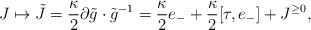
LaTeX: \begin{align*}J\mapsto \tilde J = \frac{\kappa}{2} \partial\tilde g \cdot\tilde g ^{-1} = \frac{\kappa}{2} e_- + \frac{\kappa}{2} [\tau, e_-] + J^{\geq 0} ,\end{align*}